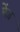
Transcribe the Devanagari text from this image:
मेंज़